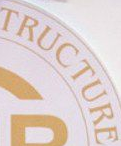
TRUCTURE